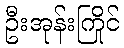
ဦးအုန်းကြိုင်